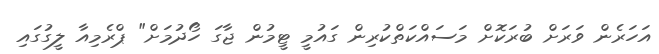
އަހަރެން ވަރަށް ބުރަކޮށް މަސައްކަތްކުރިން ގައުމީ ޓީމުން ޖާގަ ހޯދުމަށް" ޕްރެމިއާ ލީގުގައި